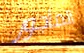
المأجور